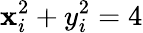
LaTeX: \mathbf{x}_{i}^{2}+y_{i}^{2}=4